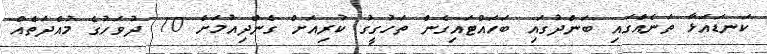
ކަނޑައަޅާ ތަނެއްގައި ބަންދުގައި ބަހައްޓައިގެން ތަހުގީގު ކުރިއަށް ގެންދިއުމަށް 10 ދުވަހުގެ މުއްދަތެއް